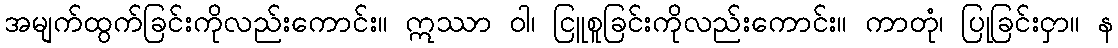
အမျက်ထွက်ခြင်းကိုလည်းကောင်း။ ဣဿာ ဝါ၊ ငြူစူခြင်းကိုလည်းကောင်း။ ကာတုံ၊ ပြုခြင်းငှာ။ န